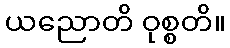
ယညောတိ ဝုစ္စတိ။